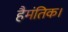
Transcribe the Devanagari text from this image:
हैमंतिक।